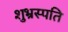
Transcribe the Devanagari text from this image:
शुभ्रस्पति